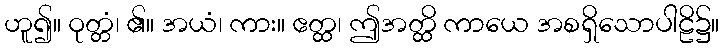
ဟူ၍။ ဝုတ္တံ၊ ၏။ အယံ၊ ကား။ ဧတ္ထ၊ ဤအတ္ထိ ကာယေ အစရှိသောပါဠိ၌။